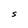
Character: S